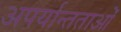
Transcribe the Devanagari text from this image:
अपर्यान्तताओं